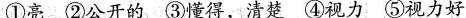
①亮 ②公开的 ③懂得，清楚 ④视力 ⑤视力好